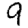
Digit: 9